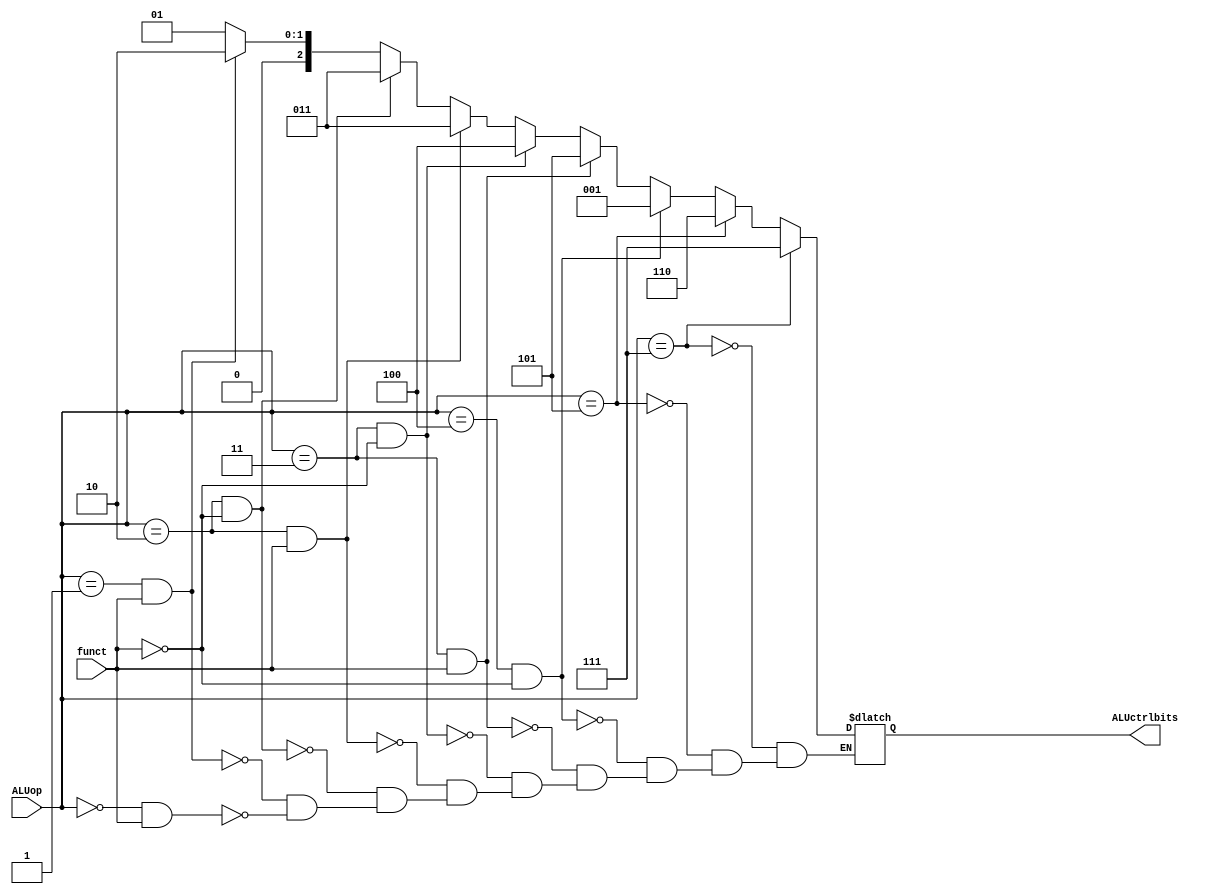
`timescale 1ns / 1ns

module ALUctrlunit(ALUctrlbits, ALUop, funct);

//Input
input wire [2:0] ALUop;
input wire funct;
//Output
output reg [2:0] ALUctrlbits;


//Instructions
initial begin
	ALUctrlbits = 3'b000;
end
always @* begin
	if ((ALUop == 3'b000) && (funct == 1)) begin
		//add
		ALUctrlbits = 3'b001;
	end 
	if ((ALUop == 3'b001) && (funct == 1)) begin
		//nand
		ALUctrlbits = 3'b010;
	end 
	if ((ALUop == 3'b010) && (funct == 0)) begin
		//slt_0
		ALUctrlbits = 3'b011;
	end 
	if ((ALUop == 3'b010) && (funct == 1)) begin
		//slt_1
		ALUctrlbits = 3'b011;
	end 
	if ((ALUop == 3'b011) && (funct == 0)) begin
		//sl
		ALUctrlbits = 3'b100;
	end 
	if ((ALUop == 3'b011) && (funct == 1)) begin
		//sr
		ALUctrlbits = 3'b101;
	end 
	if ((ALUop == 3'b100) && (funct == 0)) begin
		//addi 
		ALUctrlbits = 3'b001; //same as add
	end 
	if (ALUop == 3'b101) begin
		//beq
		ALUctrlbits = 3'b110;
	end 
	if (ALUop == 3'b111) begin
		//lw or sw
		ALUctrlbits = 3'b111;
	end

end

endmodule